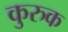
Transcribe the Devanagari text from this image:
कुरुक